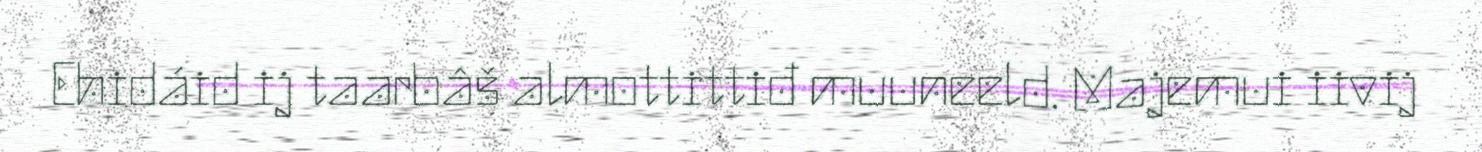
Ehidáid ij taarbâš almottittiđ muuneeld. Majemui iivij